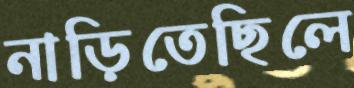
নাড়িতেছিলে